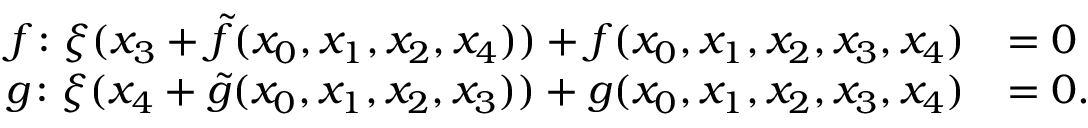
\begin{array} { r l } { f \colon \xi ( x _ { 3 } + \widetilde { f } ( x _ { 0 } , x _ { 1 } , x _ { 2 } , x _ { 4 } ) ) + f ( x _ { 0 } , x _ { 1 } , x _ { 2 } , x _ { 3 } , x _ { 4 } ) } & { = 0 } \\ { g \colon \xi ( x _ { 4 } + \widetilde { g } ( x _ { 0 } , x _ { 1 } , x _ { 2 } , x _ { 3 } ) ) + g ( x _ { 0 } , x _ { 1 } , x _ { 2 } , x _ { 3 } , x _ { 4 } ) } & { = 0 . } \end{array}